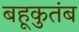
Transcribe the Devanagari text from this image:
बहूकुतंब